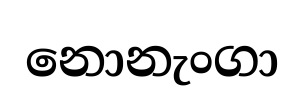
නොනැංගා